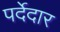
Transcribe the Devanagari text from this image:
पर्देदार